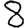
Digit: 8